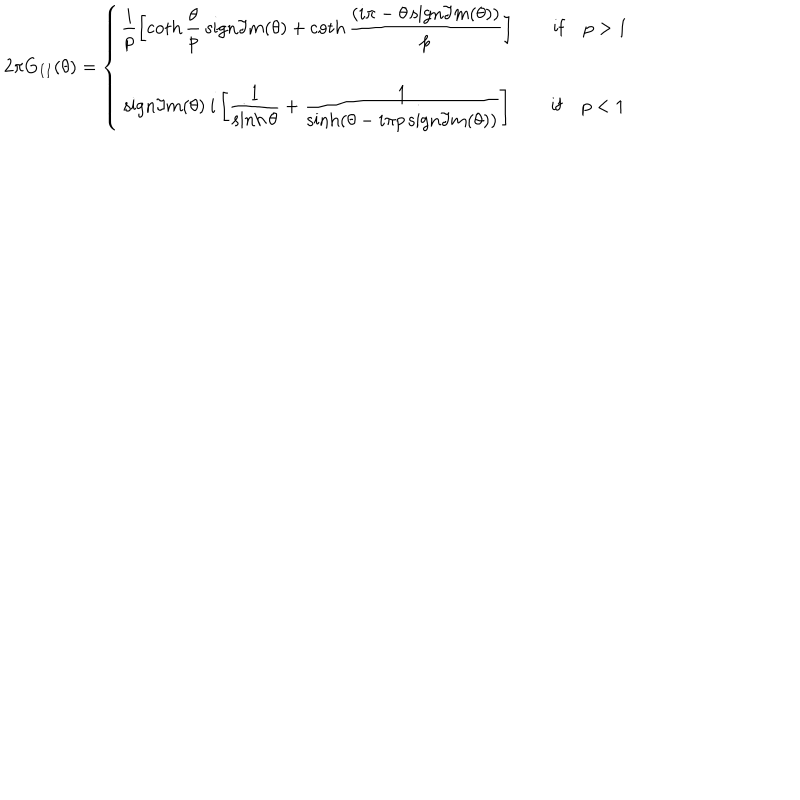
2 \pi G _ { I I } ( \theta ) = \left\{ \begin{array} { c } { { \displaystyle \displaystyle \frac { i } { p } \left[ \coth \displaystyle \frac { \theta } { p } \: \mathrm { s i g n } \Im m ( \theta ) + \coth \displaystyle \frac { ( i \pi - \theta \, \mathrm { s i g n } \Im m ( \theta ) ) } { p } \right] \qquad \mathrm { i f } \quad p > 1 } } \\ { { \mathrm { s i g n } \Im m ( \theta ) \: i \left[ \displaystyle \frac { 1 } { \sinh \theta } + \displaystyle \frac { 1 } { \sinh ( \theta - i \pi p \, \mathrm { s i g n } \Im m ( \theta ) ) } \right] \qquad \mathrm { i f } \quad p < 1 } } \\ \end{array} \right.